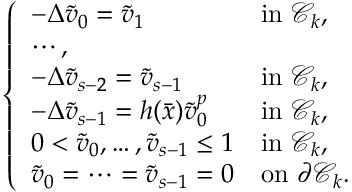
\left\{ \begin{array} { l l } { - \Delta \tilde { v } _ { 0 } = \tilde { v } _ { 1 } \ \ \ \ \ \ \ \ \ \ } & { \mathrm { i n } \, \, \mathcal C _ { k } , } \\ { \cdots , } \\ { - \Delta \tilde { v } _ { s - 2 } = \tilde { v } _ { s - 1 } } & { \mathrm { i n } \, \, \mathcal C _ { k } , } \\ { - \Delta \tilde { v } _ { s - 1 } = h ( \bar { x } ) \tilde { v } _ { 0 } ^ { p } } & { \mathrm { i n } \, \, \mathcal C _ { k } , } \\ { 0 < \tilde { v } _ { 0 } , \ldots , \tilde { v } _ { s - 1 } \leq 1 } & { \mathrm { i n } \, \, \mathcal C _ { k } , } \\ { \tilde { v } _ { 0 } = \cdots = \tilde { v } _ { s - 1 } = 0 } & { \mathrm { o n } \, \, \partial \mathcal C _ { k } . } \end{array} \right.